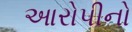
આરોપીનો